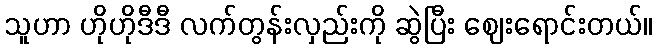
သူဟာ ဟိုဟိုဒီဒီ လက်တွန်းလှည်းကို ဆွဲပြီး ဈေးရောင်းတယ်။